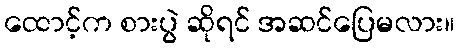
ထောင့်က စားပွဲ ဆိုရင် အဆင်ပြေမလား။